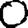
Digit: 0